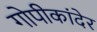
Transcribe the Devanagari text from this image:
गोपीकांदेर